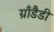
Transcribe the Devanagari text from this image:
ग्राँडैडी